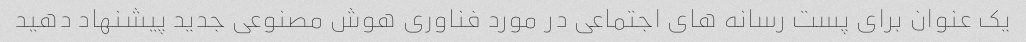
یک عنوان برای پست رسانه های اجتماعی در مورد فناوری هوش مصنوعی جدید پیشنهاد دهید